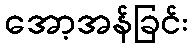
အော့အန်ခြင်း